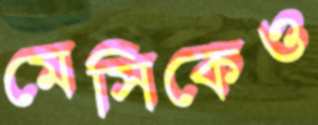
মেসিকেও